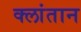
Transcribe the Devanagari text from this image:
क्लांतान